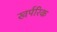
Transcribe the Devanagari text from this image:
खर्परिक